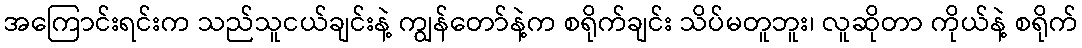
အကြောင်းရင်းက သည်သူငယ်ချင်းနဲ့ ကျွန်တော်နဲ့က စရိုက်ချင်း သိပ်မတူဘူး၊ လူဆိုတာ ကိုယ်နဲ့ စရိုက်